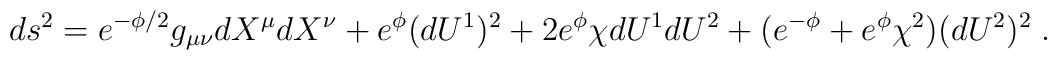
d s^2 = e^{-\phi/2}g_{\mu \nu} d X^\mu d X^\nu + e^{\phi}  (d U^1)^2 + 2 e^{\phi} \chi dU^1 d U^2 + (e^{- \phi} + e^{\phi} \chi^2) (d U^2)^2 \; .